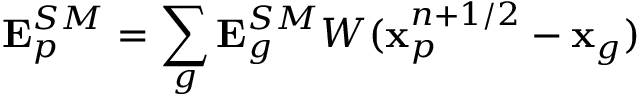
\mathbf { E } _ { p } ^ { S M } = \sum _ { g } \mathbf { E } _ { g } ^ { S M } W ( \mathbf { x } _ { p } ^ { n + 1 / 2 } - \mathbf { x } _ { g } )